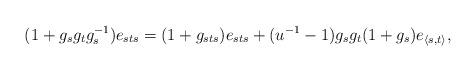
LaTeX: \begin{align*} (1 + g_sg_tg_s^{-1})e_{sts} & = (1 + g_{sts})e_{sts} + (u^{-1} - 1)g_sg_t(1 + g_s)e_{\langle s, t\rangle}, \end{align*}